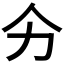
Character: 𭄞